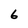
Character: 6